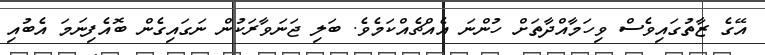
އޭގެ ޒާތުގައިވެސް ވިހަމާއްދާތަށް ހުންނަ އެއްޗެއްކަމެވެ. ބަލި ޖަނަވާރަކުން ނަގައިގެން ބޮއެފިނަމަ އެބުއި